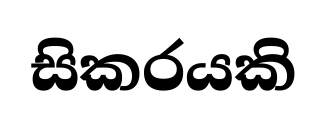
සිකරයකි